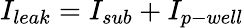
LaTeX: I_{leak}=I_{sub}+I_{p-well}